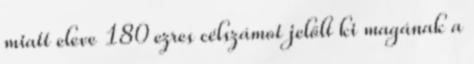
miatt eleve 180 ezres célszámot jelölt ki magának a